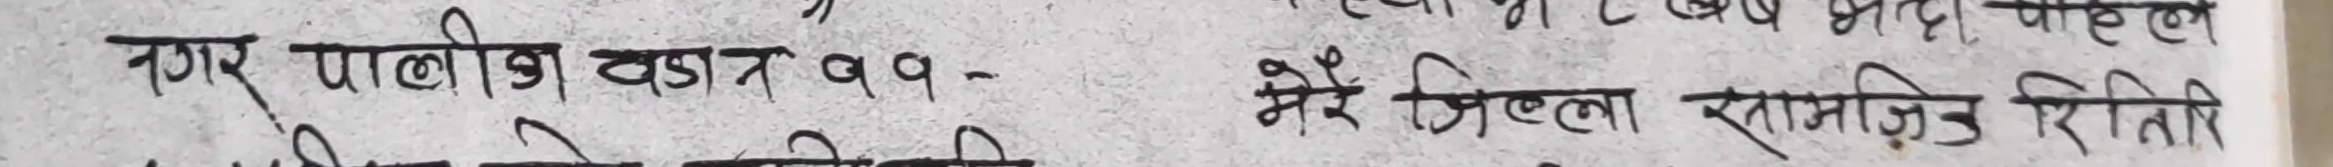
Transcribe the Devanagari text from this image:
नगर पालीका वडा नं ११- मेरे जिल्ला सामजिक रिती